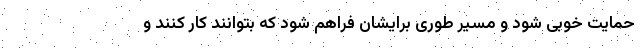
حمایت خوبی شود و مسیر طوری برایشان فراهم شود که بتوانند کار کنند و